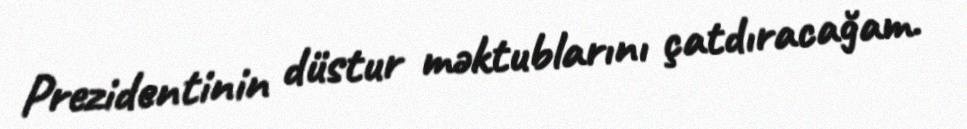
Prezidentinin düstur məktublarını çatdıracağam.